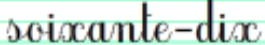
soixante-dix